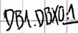
Text: DB1.DBX0.0